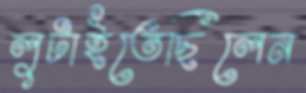
লুটাইতেছিলেন